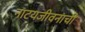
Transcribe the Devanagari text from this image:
नाटयजीवनाची